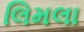
લિમલા